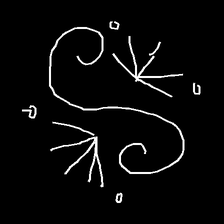
Glyph: aeroform